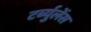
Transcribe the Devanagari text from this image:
टर्ब्युलेंस